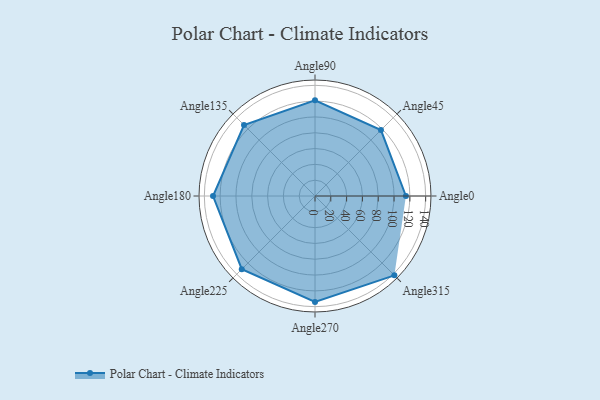
{"axis": {"x": "Angle", "y": "Radius"}, "legend": [""], "data": [{"x": "Angle0", "y": 115.0, "type": ""}, {"x": "Angle45", "y": 118.0, "type": ""}, {"x": "Angle90", "y": 121.0, "type": ""}, {"x": "Angle135", "y": 127.0, "type": ""}, {"x": "Angle180", "y": 129.0, "type": ""}, {"x": "Angle225", "y": 131.0, "type": ""}, {"x": "Angle270", "y": 134.0, "type": ""}, {"x": "Angle315", "y": 142.0, "type": ""}]}